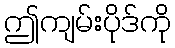
ဤကျမ်းပိုဒ်ကို